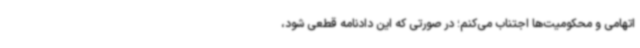
اتهامی و محکومیت‌ها اجتناب می‌کنم؛ در صورتی که این دادنامه قطعی شود،‌